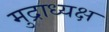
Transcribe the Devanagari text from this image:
मुद्राध्यक्ष